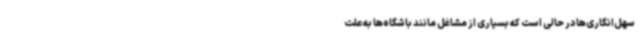
سهل‌انگاری‌ها در حالی است که بسیاری از مشاغل مانند باشگاه‌ها به علت